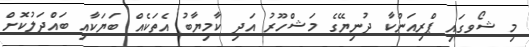
މި ޝޯވގައި ޕްރިއަންކާ ދުނިޔޭގެ މަޝްހޫރު އަދި ކާމިޔާބު އެތަކެއް ބަޔަކާއި ބައްދަލުކޮށް